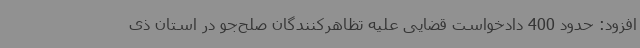
افزود: حدود 400 دادخواست قضایی علیه تظاهرکنندگان صلح‌جو در استان ذی